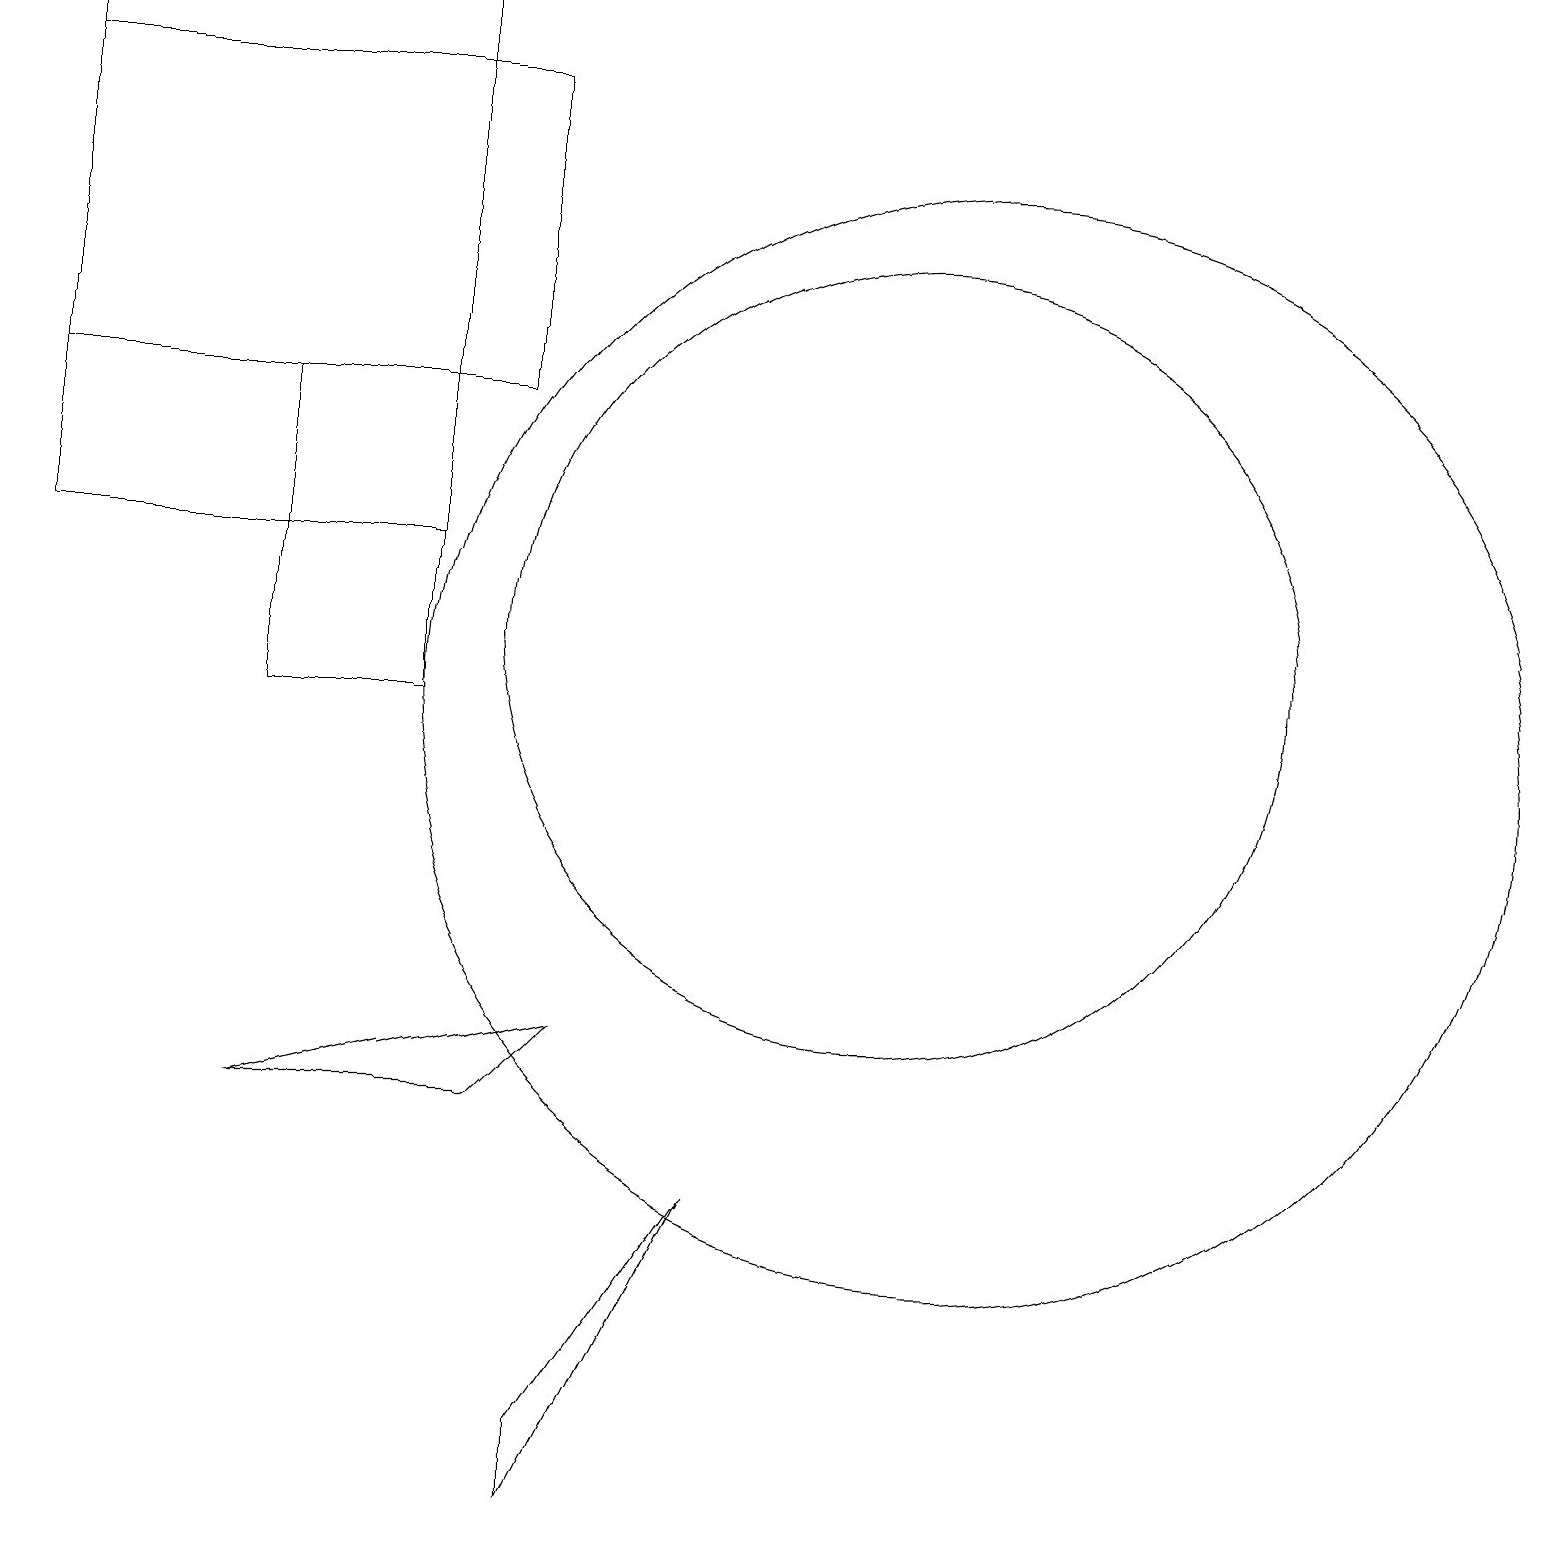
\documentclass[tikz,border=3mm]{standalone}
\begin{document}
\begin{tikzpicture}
\draw (11,11) circle (5);
\draw (6,5) -- (3,5) -- (7,6) -- cycle;
\draw (9,4) -- (7,1) -- (7,0) -- cycle;
\draw (5,14) rectangle (3,10);
\draw (6,14) rectangle (0,18);
\draw (12,10) circle (7);
\draw (0,12) rectangle (5,19);
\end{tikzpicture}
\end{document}